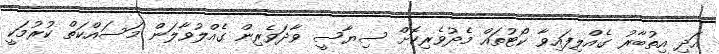
އަދި އިތުބާރު ގެއްލިފައިވާ ކޯޓުތައް މެދުވެރިކޮށް ސިޔާސީ ވާދަވެރިން ގެއްލުވާލަން މަސައްކަތް ކުރުމަކީ